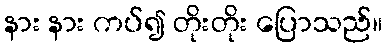
နား နား ကပ်၍ တိုးတိုး ပြောသည်။